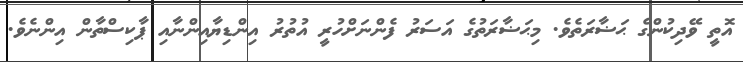
އޮތީ ވޭދިކުންގެ ޙަޟާރަތެވެ. މިޙަޟާރަތުގެ އަސަރު ފެންނަށްހުރީ އުތުރު އިންޑިޔާއިންނާއި ޕާކިސްތާން އިންނެވެ.